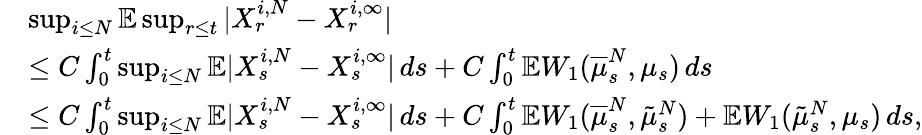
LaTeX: \begin{array}{rl}&{\operatorname*{sup}_{i\leq N}\mathbb{E}\operatorname*{sup}_{r\leq t}\vert X_{r}^{i,N}-X_{r}^{i,\infty}\vert}\\ &{\leq C\int_{0}^{t}\operatorname*{sup}_{i\leq N}\mathbb{E}\vert X_{s}^{i,N}-X_{s}^{i,\infty}\vert\, ds+C\int_{0}^{t}\mathbb{E}W_{1}(\overline{{\mu}}_{s}^{N},\mu_{s})\, ds}\\ &{\leq C\int_{0}^{t}\operatorname*{sup}_{i\leq N}\mathbb{E}\vert X_{s}^{i,N}-X_{s}^{i,\infty}\vert\, ds+C\int_{0}^{t}\mathbb{E}W_{1}(\overline{{\mu}}_{s}^{N},\tilde{\mu}_{s}^{N})+\mathbb{E}W_{1}(\tilde{\mu}_{s}^{N},\mu_{s})\, ds,}\end{array}